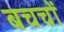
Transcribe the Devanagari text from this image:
बचचों